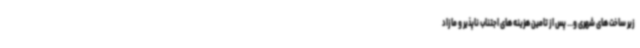
زیر ساخت های شهری و... پس از تامین هزینه های اجتناب ناپذیر و مازاد